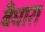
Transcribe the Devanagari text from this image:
बँधारा